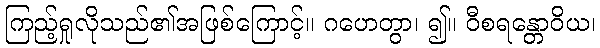
ကြည့်ရှုလိုသည်၏အဖြစ်ကြောင့်။ ဂဟေတွာ၊ ၍။ ဝီစရန္တောဝိယ၊